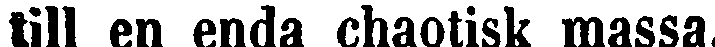
till en enda chaotisk massa.